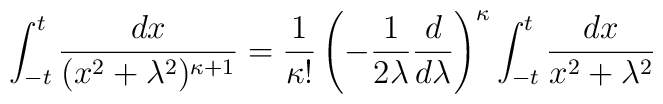
\int_{-t}^t \frac{dx}{(x^2+\lambda^2)^{\kappa+1}} =  \frac{1}{\kappa!}\left(-\frac{1}{2\lambda}\frac{d}{d\lambda}\right)^\kappa  \int_{-t}^t\frac{dx}{x^2+\lambda^2}